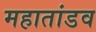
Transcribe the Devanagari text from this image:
महातांडव